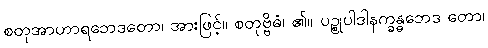
စတုအာဟာရဘေဒတော၊ အားဖြင့်။ စတုဗ္ဗိဓံ၊ ၏။ ပဉ္စုပါဒါနက္ခန္ဓဘေဒ တော၊